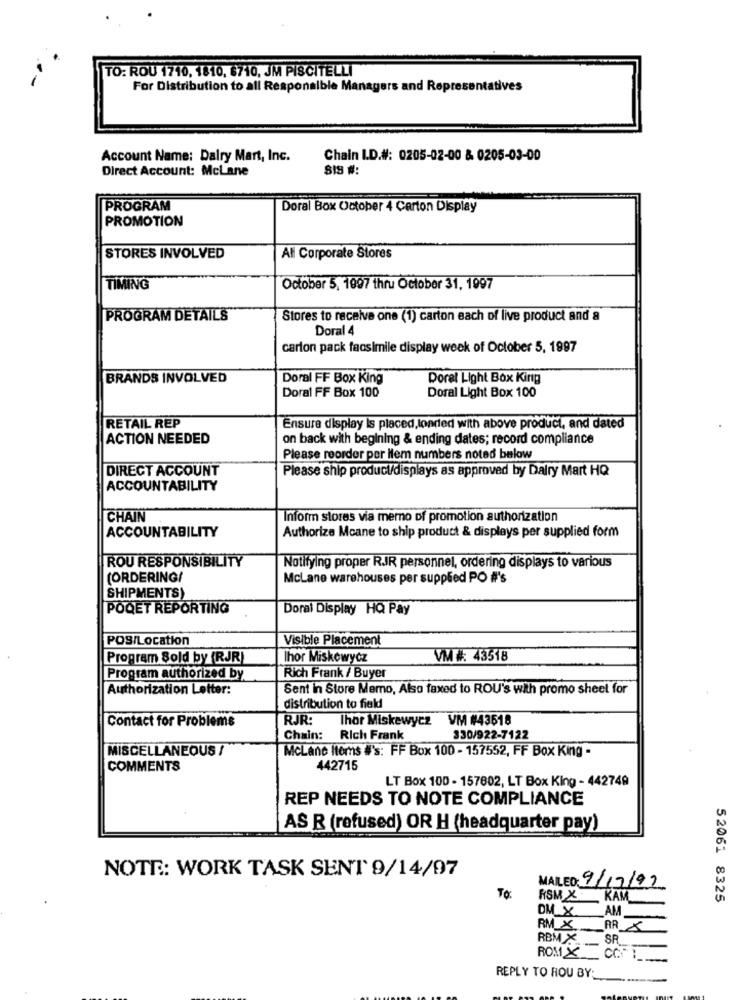
TO: ROU 1710, 1810, 6710, JM PISCITELLI
For Distribution to all Responsible Managers and Representatives
Account Name: Dalry Mart, Inc.
Chain I.D.#: 0205-02-00 & 0205-03-00
Direct Account: McLane
8IS #:
PROGRAM
Doral Box October 4 Carton Display
PROMOTION
STORES INVOLVED
All Corporate Stores
TIMING
October 5, 1997 thru October 31, 1997
PROGRAM DETAILS
Stores to receive one (1) carton each of live product and a
Doral 4
carton pack facsimile display week of October 5, 1997
BRANDS INVOLVED
Doral FF Box King
Dorel Light Box King
Doral FF Box 100
Doral Light Box 100
RETAIL REP
Ensure display is placed,loaded with above product, and dated
ACTION NEEDED
on back with begining & ending dates; record compliance
Please reorder por Nem numbers noted below
DIRECT ACCOUNT
Please ship product/displays as approved by Dairy Mart HQ
ACCOUNTABILITY
CHAIN
Inform stores via memo of promotion authorization
ACCOUNTABILITY
Authorize Mcane to ship product & displays per supplied form
ROU RESPONSIBILITY
Notifying proper RJJR personnel, ordering displays to various
(ORDERING/
McLane warehouses per supplied PO #'s
SHIPMENTS)
POQET REPORTING
Doral Display HQ Pay
POS/Location
Visible Placement
Program Sold by (RJR)
Ihor Miskewycz
VM #: 43518
Program authorized by
Rich Frank / Buyer
Authorization Letter:
Sent in Store Memo, Also faxed to ROU's with promo sheet for
distribution to field
Contact for Problems
RJR:
Ihor Miskewycz
VM #43518
Chain: Rich Frank
330/922-7122
MISCELLANEOUS /
McLane Items #'s: FF Box 100 - 157552, FF Box King -
COMMENTS
442715
LT Box 100 - 157602, LT Box King - 442749
REP NEEDS TO NOTE COMPLIANCE
AS R (refused) OR H (headquarter pay)
NOTE .: WORK TASK SENT 9/14/07
MAILED: 9/17/92
TO.
RSM X : KAM
52061 8325
DM_X
AM
RM X
AR 5
RBMX
SR
ROM X_ CONT
-
REPLY TO HOU BY:
---